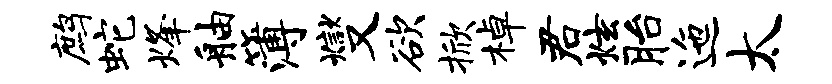
鹧蛇烽舳簿燮欲掀棹君炫胎迤太